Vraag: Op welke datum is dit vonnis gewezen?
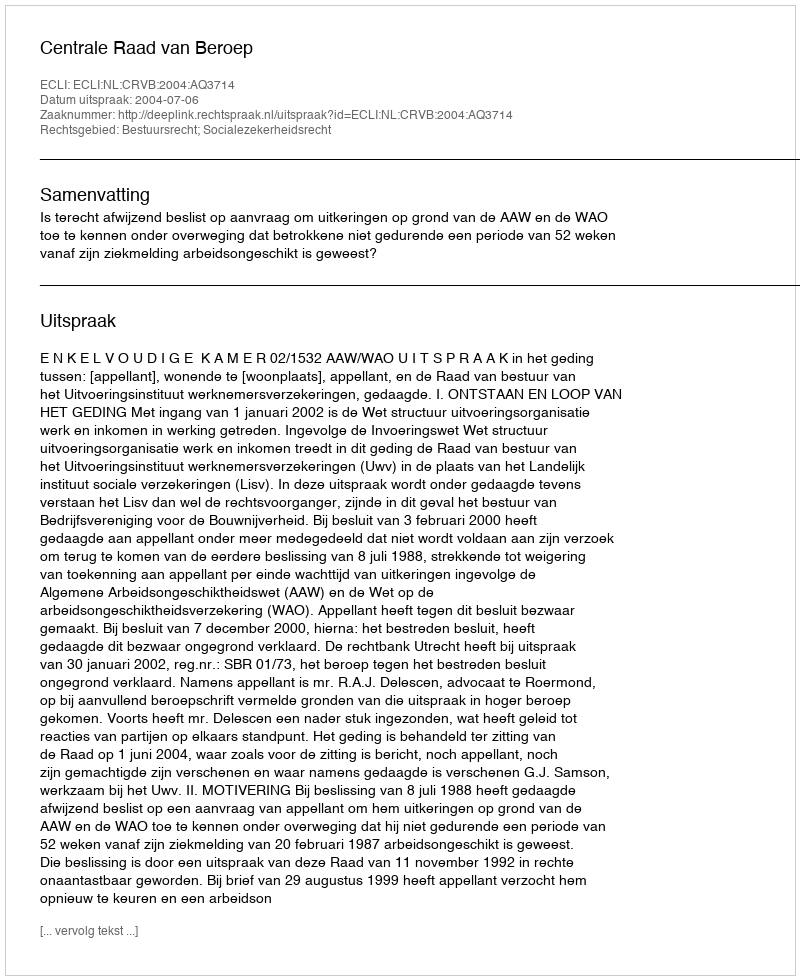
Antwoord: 2004-07-06